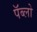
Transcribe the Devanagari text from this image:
पॅब्लो